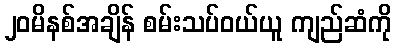
၂၀မိနစ်အချိန် စမ်းသပ်ဝယ်ယူ ကျည်ဆံကို